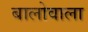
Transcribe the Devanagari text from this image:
बालोवाला